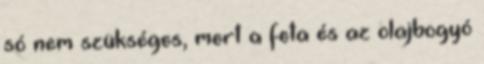
só nem szükséges, mert a feta és az olajbogyó